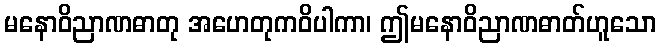
မနောဝိညာဏဓာတု အဟေတုကဝိပါကာ၊ ဤမနောဝိညာဏဓာတ်ဟူသော